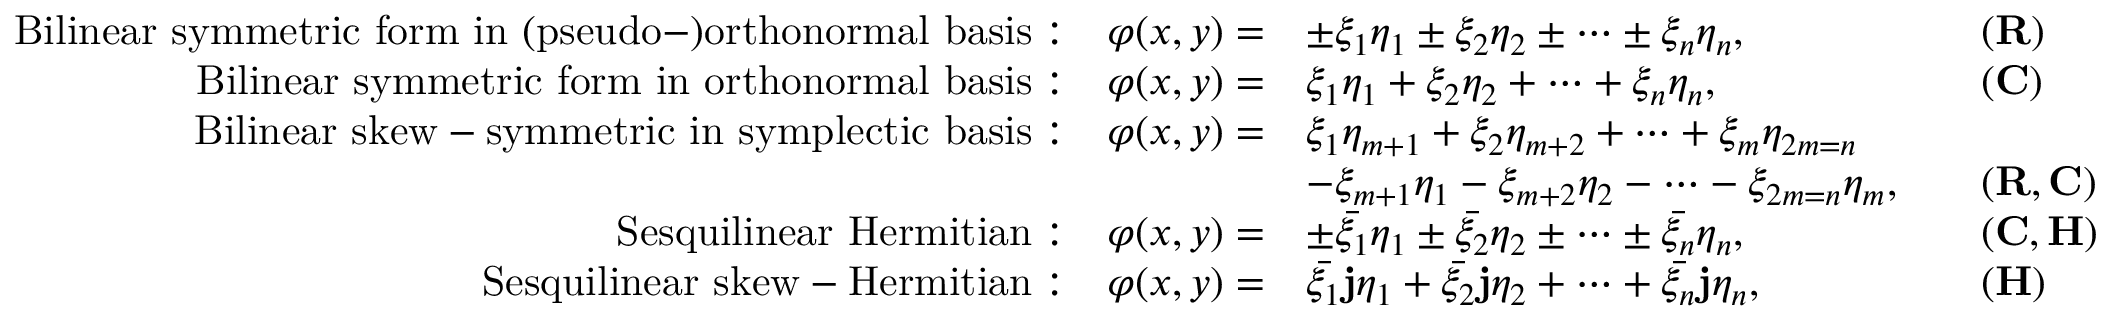
{ \begin{array} { r l r l } { { \mathrm { B i l i n e a r ~ s y m m e t r i c ~ f o r m ~ i n ~ ( p s e u d o - ) o r t h o n o r m a l ~ b a s i s : } } \quad \varphi ( x , y ) = } & { { \pm } \xi _ { 1 } \eta _ { 1 } \pm \xi _ { 2 } \eta _ { 2 } \pm \cdots \pm \xi _ { n } \eta _ { n } , } & & { ( \mathbf { R } ) } \\ { { \mathrm { B i l i n e a r ~ s y m m e t r i c ~ f o r m ~ i n ~ o r t h o n o r m a l ~ b a s i s : } } \quad \varphi ( x , y ) = } & { \xi _ { 1 } \eta _ { 1 } + \xi _ { 2 } \eta _ { 2 } + \cdots + \xi _ { n } \eta _ { n } , } & & { ( \mathbf { C } ) } \\ { { \mathrm { B i l i n e a r ~ s k e w - s y m m e t r i c ~ i n ~ s y m p l e c t i c ~ b a s i s : } } \quad \varphi ( x , y ) = } & { \xi _ { 1 } \eta _ { m + 1 } + \xi _ { 2 } \eta _ { m + 2 } + \cdots + \xi _ { m } \eta _ { 2 m = n } } \\ & { - \xi _ { m + 1 } \eta _ { 1 } - \xi _ { m + 2 } \eta _ { 2 } - \cdots - \xi _ { 2 m = n } \eta _ { m } , } & & { ( \mathbf { R } , \mathbf { C } ) } \\ { { \mathrm { S e s q u i l i n e a r ~ H e r m i t i a n : } } \quad \varphi ( x , y ) = } & { { \pm } { \bar { \xi _ { 1 } } } \eta _ { 1 } \pm { \bar { \xi _ { 2 } } } \eta _ { 2 } \pm \cdots \pm { \bar { \xi _ { n } } } \eta _ { n } , } & & { ( \mathbf { C } , \mathbf { H } ) } \\ { { \mathrm { S e s q u i l i n e a r ~ s k e w - H e r m i t i a n : } } \quad \varphi ( x , y ) = } & { { \bar { \xi _ { 1 } } } \mathbf { j } \eta _ { 1 } + { \bar { \xi _ { 2 } } } \mathbf { j } \eta _ { 2 } + \cdots + { \bar { \xi _ { n } } } \mathbf { j } \eta _ { n } , } & & { ( \mathbf { H } ) } \end{array} }